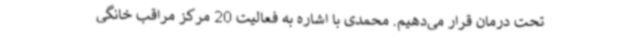
تحت درمان قرار می‌دهیم. محمدی با اشاره به فعالیت 20 مرکز مراقب خانگی